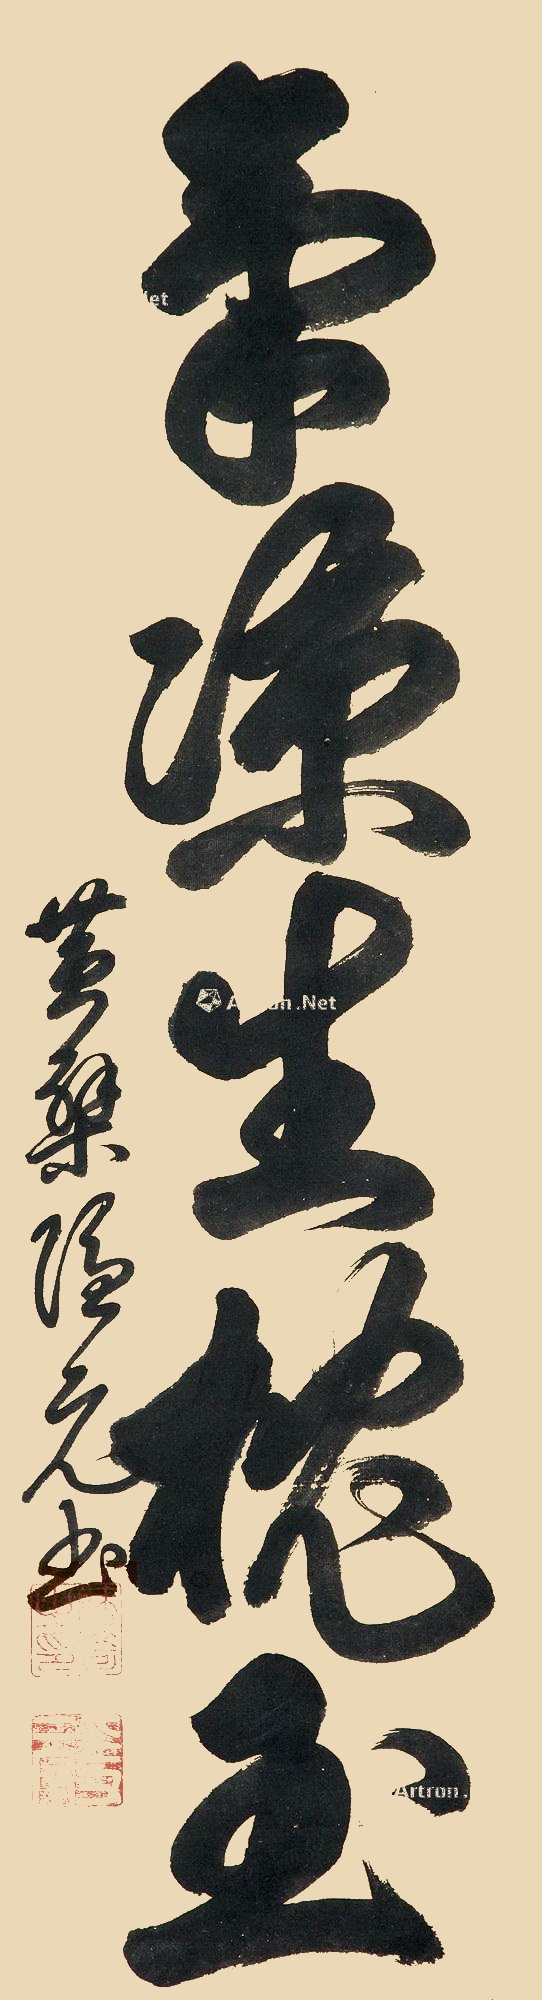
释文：气凉生枕玉黄檗隐元书